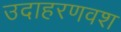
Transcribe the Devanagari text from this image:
उदाहरणवश